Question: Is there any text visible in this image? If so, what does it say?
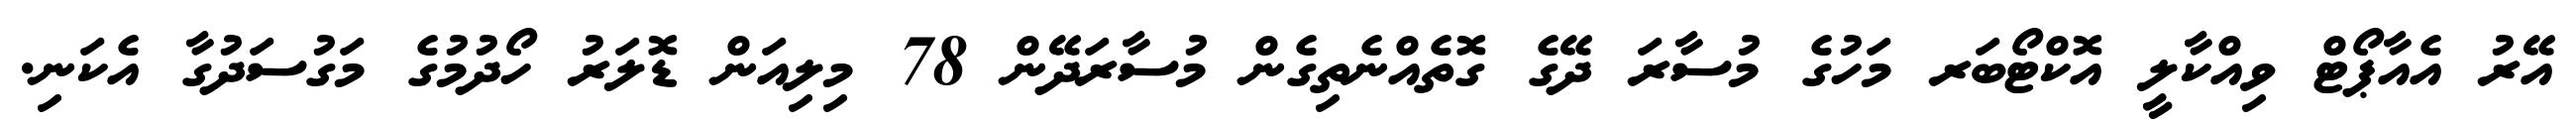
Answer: އޭރު އެއާޕޯޓް ވިއްކާލީ އޮކްޓޯބަރ މަހުގެ މުސާރަ ދޭގެ ގޮތެއްނެތިގެން މުސާރަދޭން 78 މިލިއަން ޑޮލަރު ހޯދުމުގެ މަގުސަދުގާ އެކަނި.